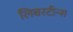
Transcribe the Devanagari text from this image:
लिबरटीन्स